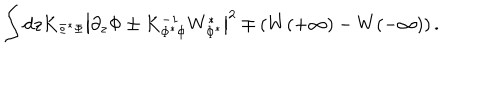
\int d z K _ { \Phi ^ { * } \Phi } \left| \partial _ { z } \Phi \pm K _ { \Phi ^ { * } \Phi } ^ { - 1 } W _ { \Phi ^ { * } } ^ { * } \right| ^ { 2 } \mp \left( W ( + \infty ) - W ( - \infty ) \right) .